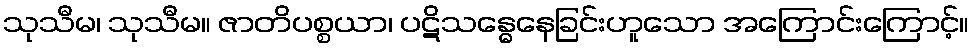
သုသီမ၊ သုသီမ။ ဇာတိပစ္စယာ၊ ပဋိသန္ဓေနေခြင်းဟူသော အကြောင်းကြောင့်။